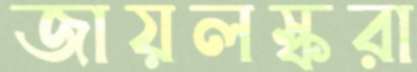
জায়লস্করা